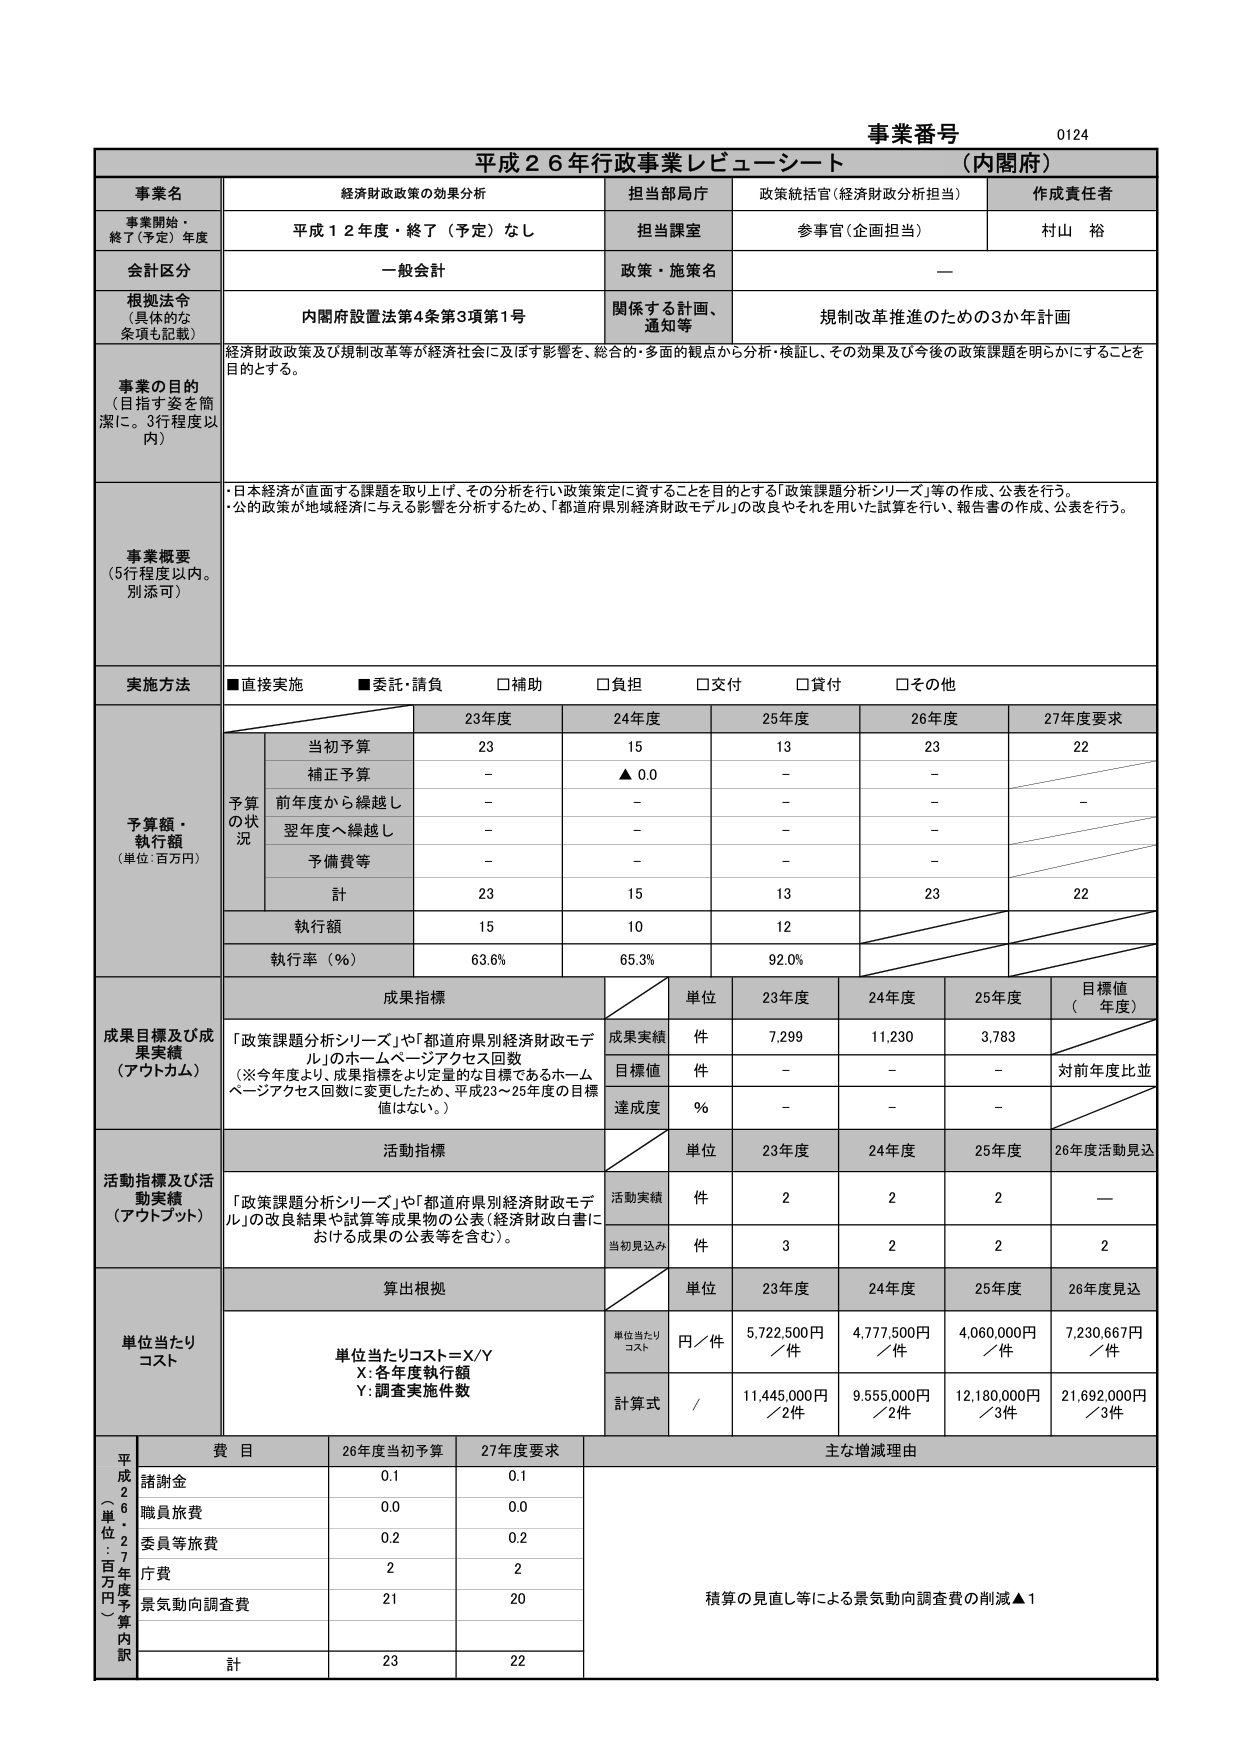
事業番号 0124
平成２６年行政事業レビューシート （内閣府）

事業名 経済財政政策の効果分析
担当部局庁 政策統括官（経済財政分析担当）
作成責任者 村山 裕

事業開始・終了（予定）年度 平成１２年度・終了（予定）なし
担当課室 参事官（企画担当）

会計区分 一般会計
政策・施策名 —

根拠法令（具体的な条項も記載） 内閣府設置法第4条第3項第1号
関係する計画、通知等 規制改革推進のための3か年計画

事業の目的（目指す姿を簡潔に。3行程度以内）
経済財政政策及び規制改革等が経済社会に及ぼす影響を、総合的・多面的観点から分析・検証し、その効果及び今後の政策課題を明らかにすることを目的とする。

事業概要（5行程度以内。別添可）
・日本経済が直面する課題を取り上げ、その分析を行い政策策定に資することを目的とする「政策課題分析シリーズ」等の作成、公表を行う。
・公的政策が地域経済に与える影響を分析するため、「都道府県別経済財政モデル」の改良やそれを用いた試算を行い、報告書の作成、公表を行う。

実施方法 ■直接実施 ■委託・請負 □補助 □負担 □交付 □貸付 □その他

予算額・執行額（単位：百万円）
予算の状況
当初予算 23 15 13 23 22
補正予算 — ▲0.0 — —
前年度から繰越し — — — — —
翌年度へ繰越し — — — —
予備費等 — — — —
計 23 15 13 23 22
執行額 15 10 12
執行率（％） 63.6% 65.3% 92.0%

成果目標及び成果実績（アウトカム）
成果指標
単位 23年度 24年度 25年度 目標値（年度）
成果実績 件 7,299 11,230 3,783
目標値 件 — — — 対前年度比並
達成度 ％ — — —

活動指標及び活動実績（アウトプット）
活動指標
単位 23年度 24年度 25年度 26年度活動見込
活動実績 件 2 2 2 —
当初見込み 件 3 2 2 2

単位当たりコスト
算出根拠
単位当たりコスト＝X/Y
X：各年度執行額
Y：調査実施件数
単位当たりコスト 円／件 5,722,500円／件 4,777,500円／件 4,060,000円／件 7,230,667円／件
計算式 / 11,445,000円／2件 9,555,000円／2件 12,180,000円／3件 21,692,000円／3件

平成26年度予算内訳（単位：百万円）
費目 26年度当初予算 27年度要求 主な増減理由
諸謝金 0.1 0.1
職員旅費 0.0 0.0
委員等旅費 0.2 0.2
庁費 2 2
景気動向調査費 21 20 積算の見直し等による景気動向調査費の削減▲1
計 23 22